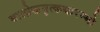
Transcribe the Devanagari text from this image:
बालोक्तमृत्कथारम्भो